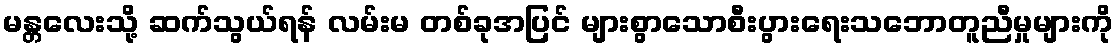
မန္တလေးသို့ ဆက်သွယ်ရန် လမ်းမ တစ်ခုအပြင် များစွာသောစီးပွားရေးသဘောတူညီမှုများကို